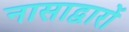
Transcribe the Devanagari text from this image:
नासाद्वारों